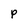
Character: P